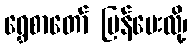
ရွှေစာတော် ပြန်မေးလို့၊